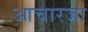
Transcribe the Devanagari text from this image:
आचारजा